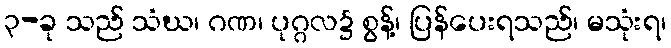
၃-ခု သည် သံဃ၊ ဂဏ၊ ပုဂ္ဂလ၌ စွန့်၊ ပြန်ပေးရသည်၊ မသုံးရ၊